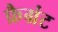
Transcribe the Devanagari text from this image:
फ्रैग्रंट